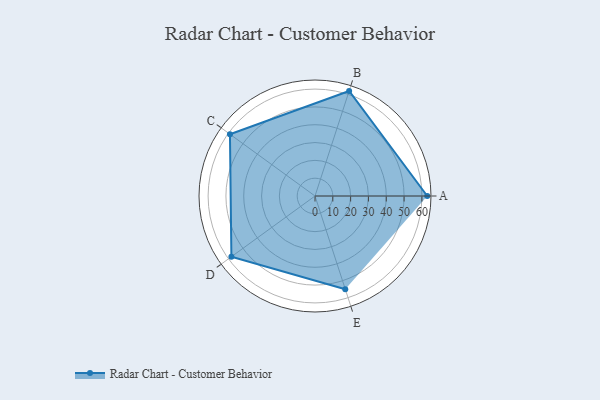
{"axis": {"x": "Skill", "y": "Score"}, "legend": ["Profile"], "data": [{"x": "A", "y": 63.0, "type": "Profile"}, {"x": "B", "y": 62.0, "type": "Profile"}, {"x": "C", "y": 59.0, "type": "Profile"}, {"x": "D", "y": 58.0, "type": "Profile"}, {"x": "E", "y": 55.0, "type": "Profile"}]}